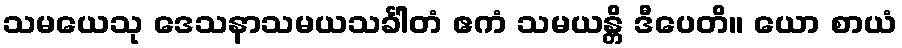
သမယေသု ဒေသနာသမယသင်္ခါတံ ဧကံ သမယန္တိ ဒီပေတိ။ ယော စာယံ